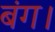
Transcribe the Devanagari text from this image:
बंग।